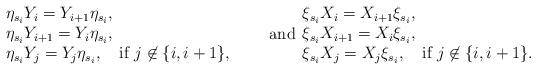
LaTeX: \begin{align*}\begin{array}{l}\eta_{s_i} Y_i = Y_{i+1}\eta_{s_i}, \\\eta_{s_i} Y_{i+1} = Y_i\eta_{s_i}, \\\eta_{s_i} Y_j = Y_j\eta_{s_i}, \quad\hbox{if $j\not\in \{i, i+1\}$,}\end{array}\qquad\hbox{and}\begin{array}{l}\xi_{s_i} X_i = X_{i+1}\xi_{s_i}, \\\xi_{s_i} X_{i+1} = X_i\xi_{s_i}, \\\xi_{s_i} X_j = X_j\xi_{s_i}, \quad\hbox{if $j\not\in \{i, i+1\}$.}\end{array}\end{align*}